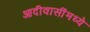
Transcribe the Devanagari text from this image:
आदीवासींमध्ये